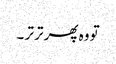
تو وہ پھر تر تر ۔